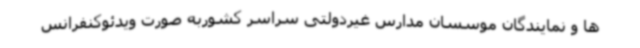
ها و نمایندگان موسسان مدارس غیردولتی سراسر کشوربه صورت ویدئوکنفرانس